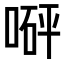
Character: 𠹶